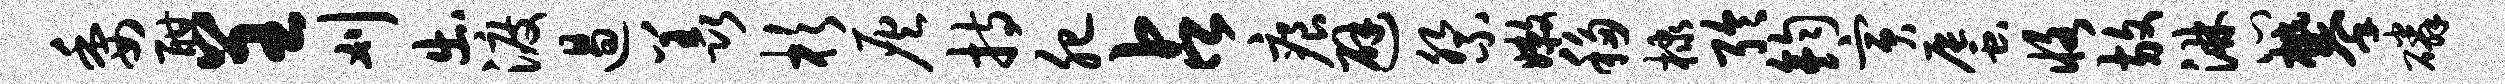
委酣呈刈出渡遏羡杉灰持肥占痕避祭嫩移棣聆钧寅蜃恪放淋心攀磷